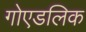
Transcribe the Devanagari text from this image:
गोएडलिक